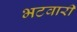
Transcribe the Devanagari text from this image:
भटवारी